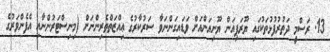
13. ރަސްމީ ދަތުރުފުޅުތަކުގައި ޔޫރަޕިއަން ޔޫނިއަންއަށް ވަޑައިގަންނަވާ ސަރުކާރުގެ ޢިއްޒަތްތެރިންނަށް (މިނިސްޓަރުންނާއި އެފެންވަރުގެ